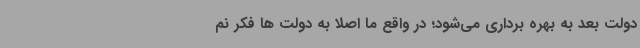
دولت بعد به بهره برداری می‌شود؛ در واقع ما اصلا به دولت ها فکر نم